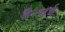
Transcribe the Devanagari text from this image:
है।सई